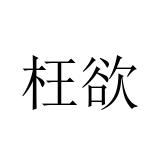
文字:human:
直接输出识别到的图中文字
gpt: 枉欲